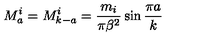
M _ { a } ^ { i } = M _ { k - a } ^ { i } = \frac { m _ { i } } { \pi \beta ^ { 2 } } \sin \frac { \pi a } { k }